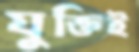
যুক্তিই